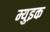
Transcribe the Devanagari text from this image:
म्युइक